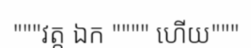
"""វត្ត ឯក """" ហើយ"""